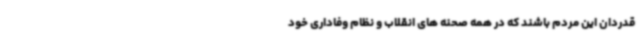
قدردان این مردم باشند که در همه صحنه های انقلاب و نظام وفاداری خود